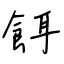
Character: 餌